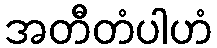
အတီတံပါဟံ